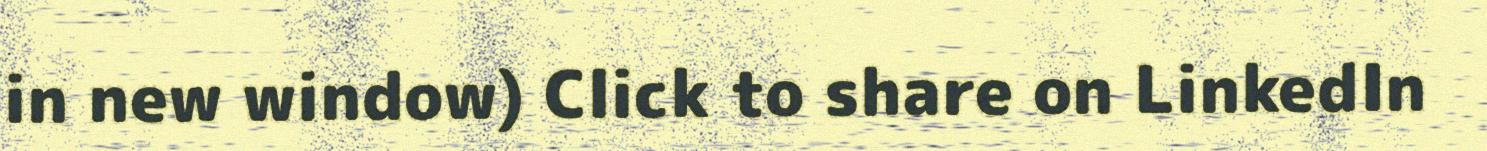
in new window) Click to share on LinkedIn